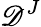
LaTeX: \mathscr{D}^{J}